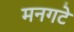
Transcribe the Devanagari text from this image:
मनगटे